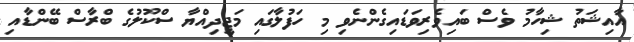
އާއިޝަތު ޝިހާމު ވެސް ބައިވެރިވަޑައިގެންނެވި މި ހަފުލާގައި މަޖީދިއްޔާ ސްކޫލުގެ ބްރާސް ބޭންޑާއި